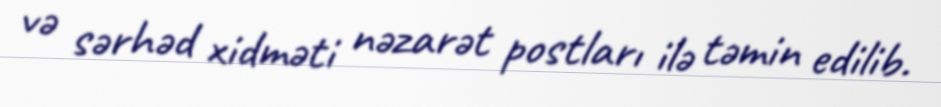
və sərhəd xidməti nəzarət postları ilə təmin edilib.